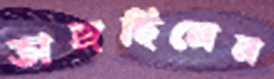
ভাঙ্গছিলেন